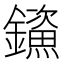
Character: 𮣤